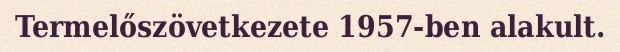
Termelőszövetkezete 1957-ben alakult.